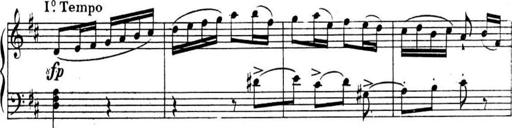
Title: Sonatines
Composer: Hedwige ChrÃ©tien